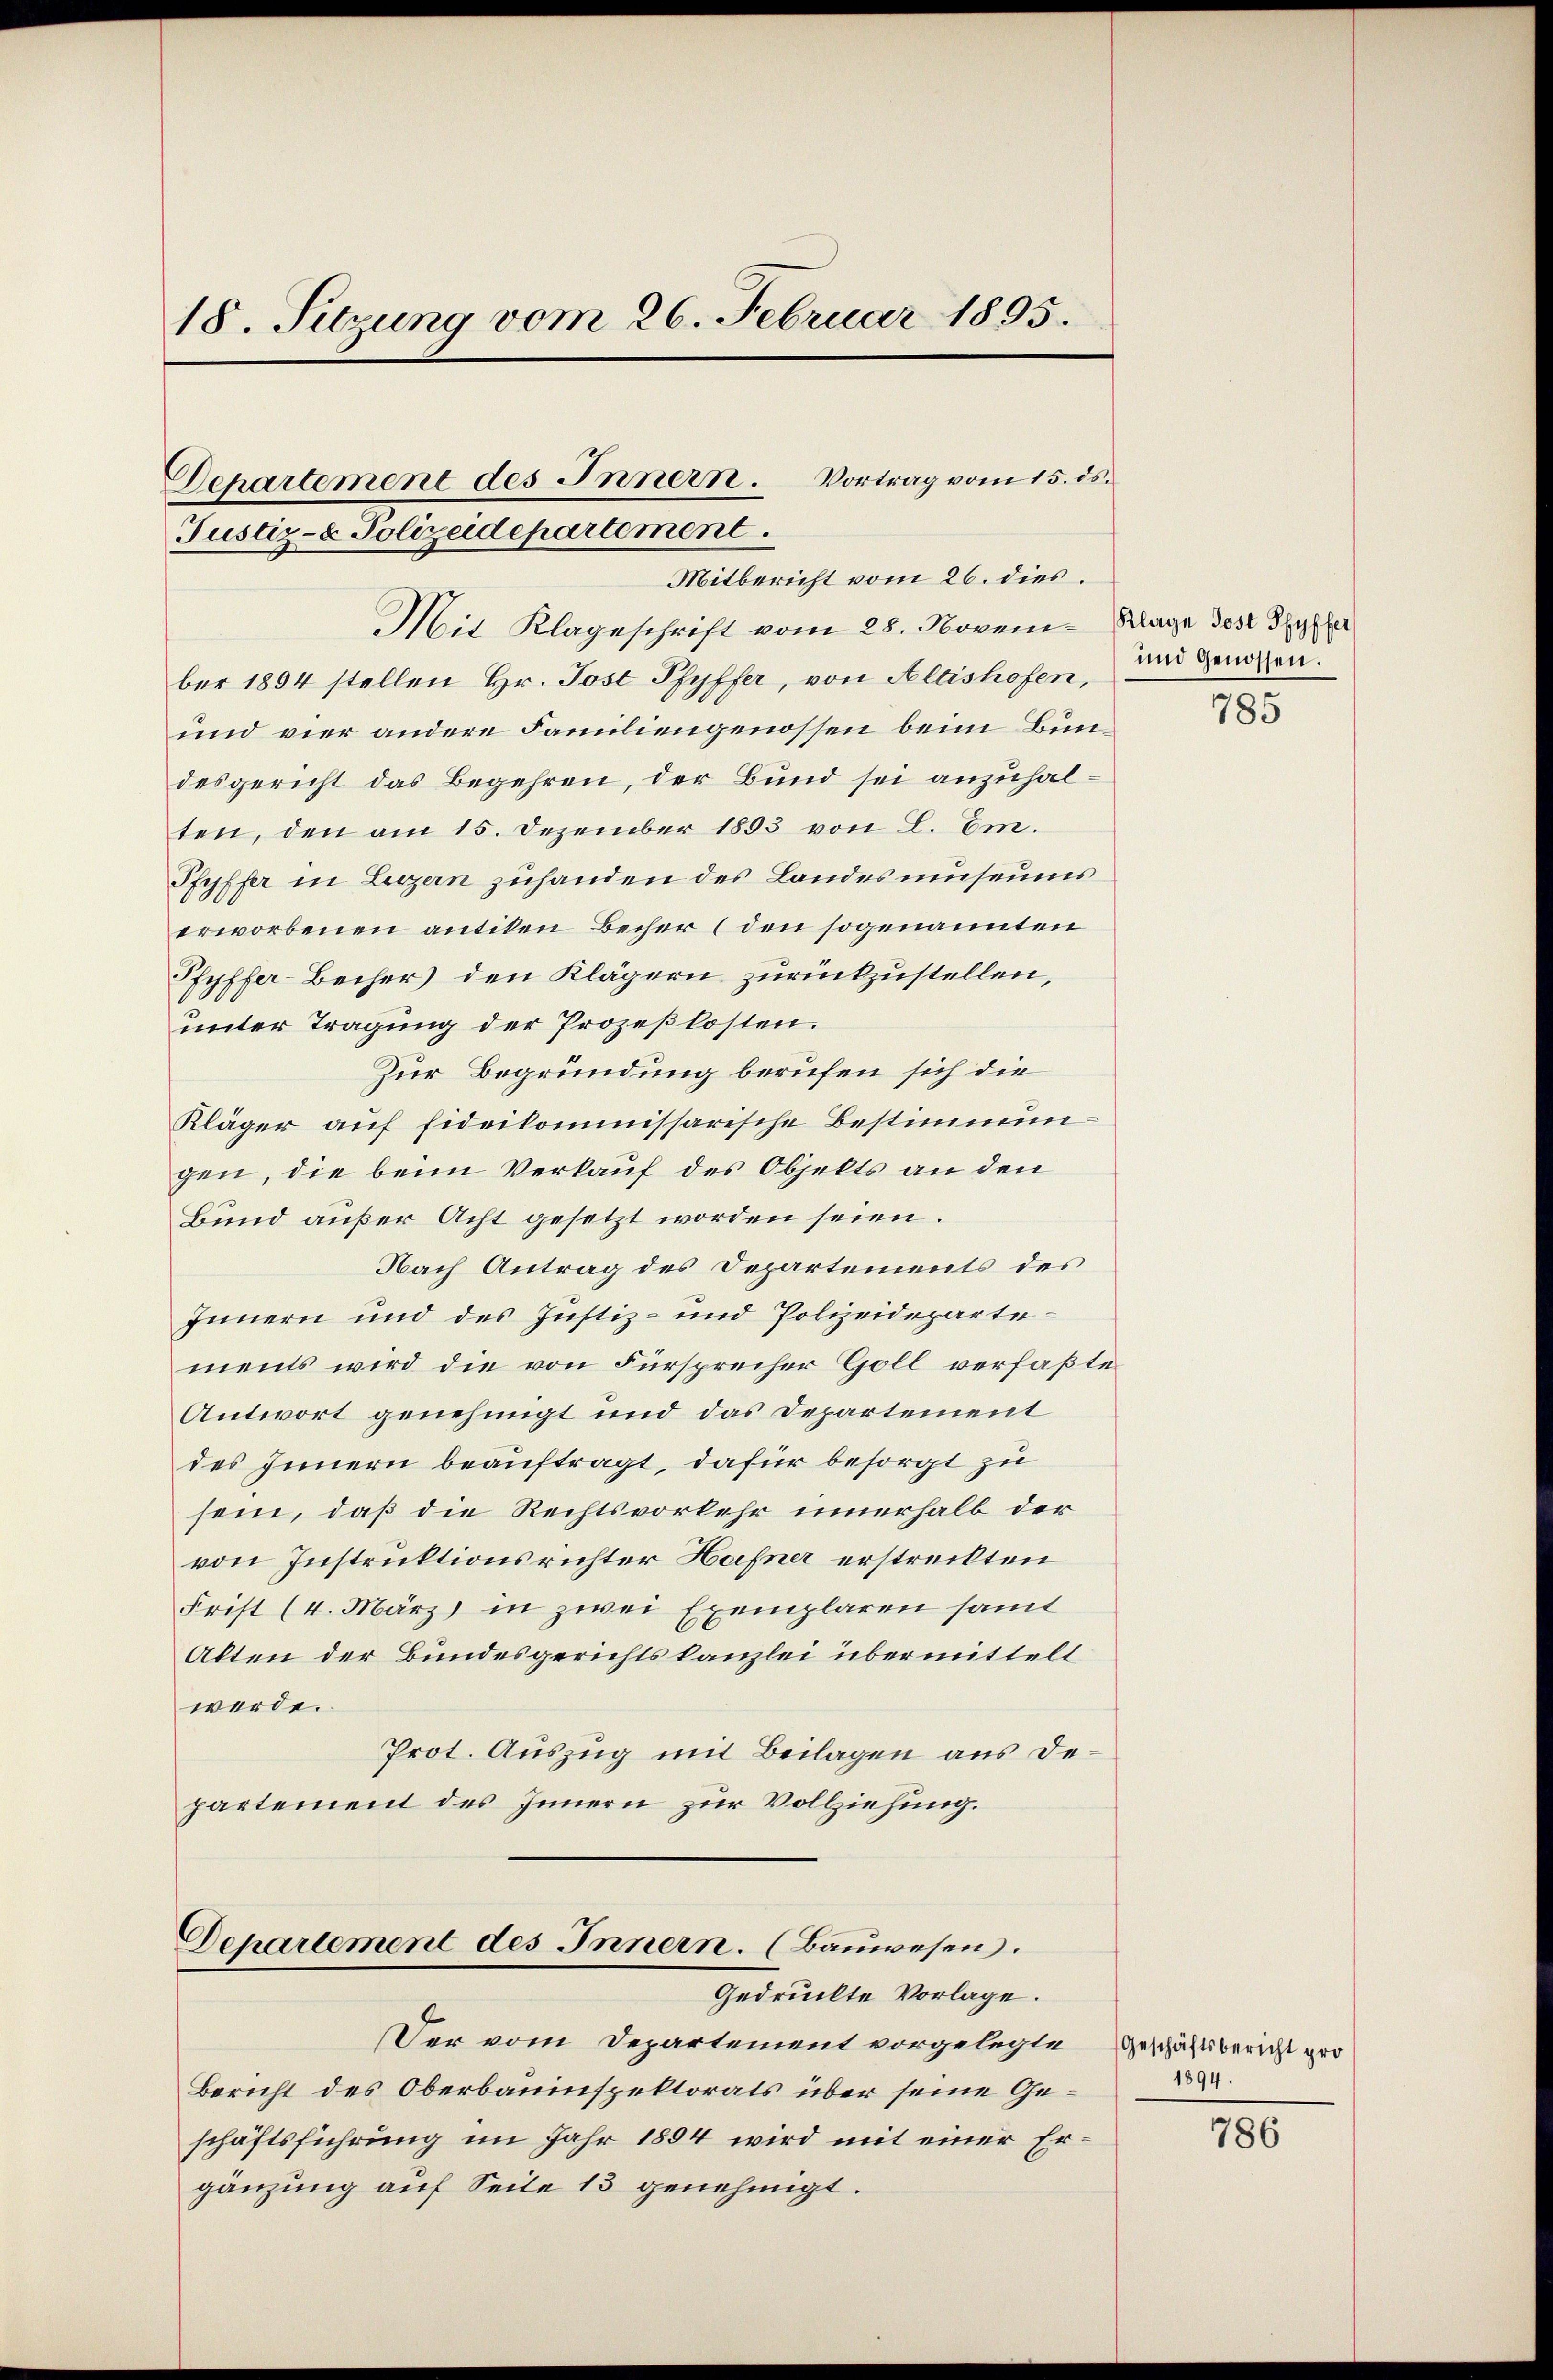
18. Sitzung vom 26. Februar 1895.

ber 1894 stellen Hr. Jost Pfyffer, von Altishofen, und Genossen.
und vier andere Familiengenossen beim Bundesgericht das Begehren, der Bund sei anzuhalten, den am 15. Dezember 1893 von L. Em.
Pfyffer in Lezzern zuhanden des Landes museums
erworbenen antiken Becher (den sogenannten
Pfyffer-Becher den Klägern zurückzustellen,
unter Tragung der Prozeßkosten.
Zur Begründung berufen sich die
Kläger auf fideikommissarische Bestimmungen, die beim Verkauf des Objekts an den
Bund außer Acht gesetzt worden seien.
Nach Antrag des Departements des
Innern und des Justiz- und Polizeidepartements wird die von Fürsprecher Goll verfaßte
Antwort genehmigt und das Departement
des Innern beauftragt, dafür besorgt zu
sein, daß die Rechtsvorkehr innerhalb der
von Instruktionsrichter Hafner erstreckten
Frist (4. März in zwei Exemplaren samt
Alten der Bundesgerichtskanzlei übermittelt
werde.
Prot. Auszug mit Beilagen aus Departement des Innern zur Vollziehung.
Dehartement des Innern. (Bauwesen.
Gedruckte Vorlage.
Der vom Departement vorgelegte
Bericht des Oberbauinspektorats über seine Geschäftsführung im Jahr 1894 wird mit einer Ergänzung auf Seite 13 genehmigt.

Departement des Innern. Vortrag vom 15. ds.
Mitbericht vom 26. dies.
Mit Klageschrift vom 28. Novem¬

Justiz- & Polizeidepartement.

Klage Jost Pfyffer

785

(Geschäftsbericht pro
1894.

786